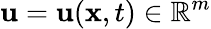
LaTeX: \mathbf{u}=\mathbf{u}(\mathbf{x},t)\in\mathbb R^{m}